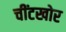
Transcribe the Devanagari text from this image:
चींटखोर